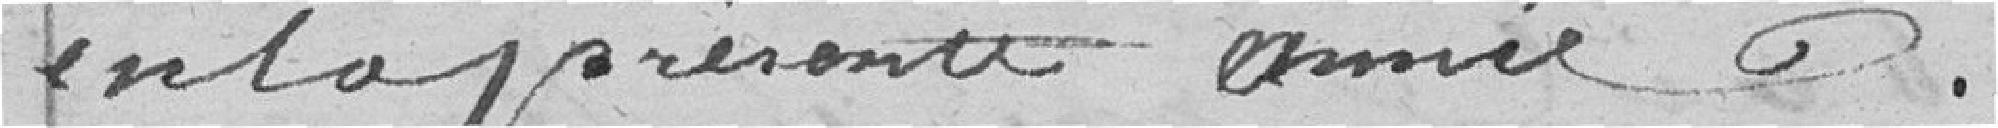
en la présente année.